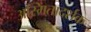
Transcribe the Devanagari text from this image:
अस्मितादर्शक